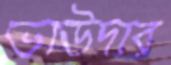
ভাউদার